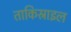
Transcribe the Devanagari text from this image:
ताकिस्राइल